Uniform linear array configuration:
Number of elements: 8
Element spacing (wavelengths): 0.75
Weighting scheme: cosine
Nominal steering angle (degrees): -60
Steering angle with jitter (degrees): -60.437
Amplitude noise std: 0.05
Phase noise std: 0.05

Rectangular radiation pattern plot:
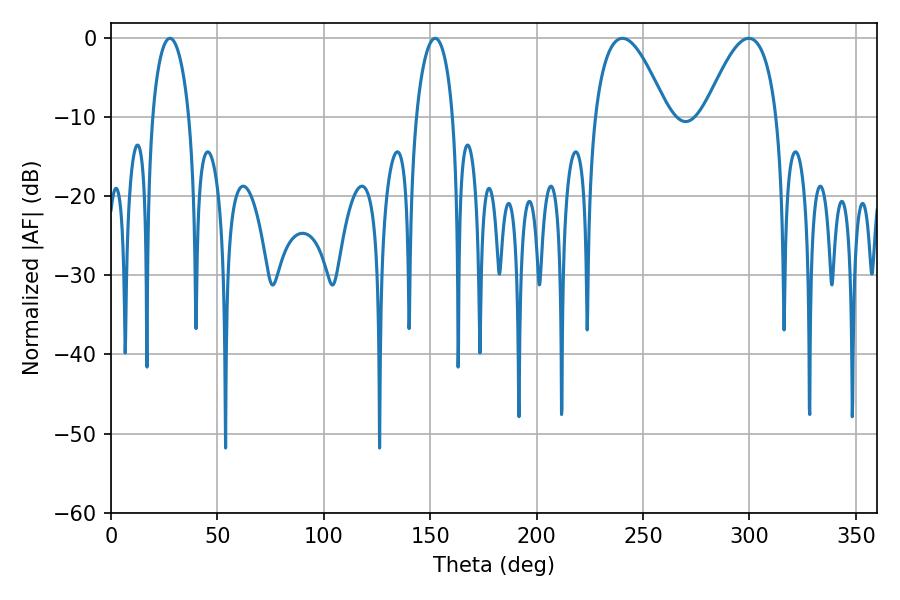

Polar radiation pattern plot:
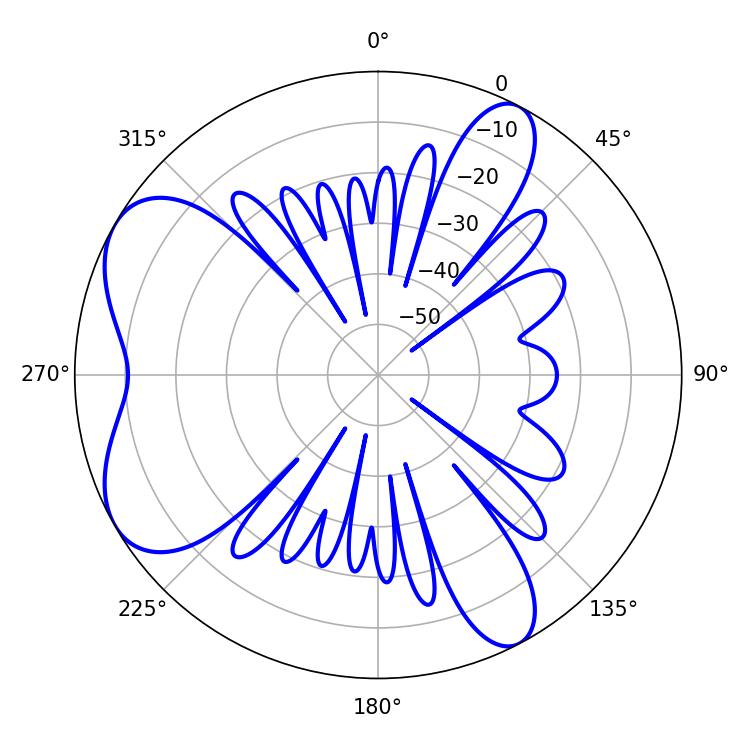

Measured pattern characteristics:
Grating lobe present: TRUE
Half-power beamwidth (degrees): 18.54
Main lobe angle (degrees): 240.3